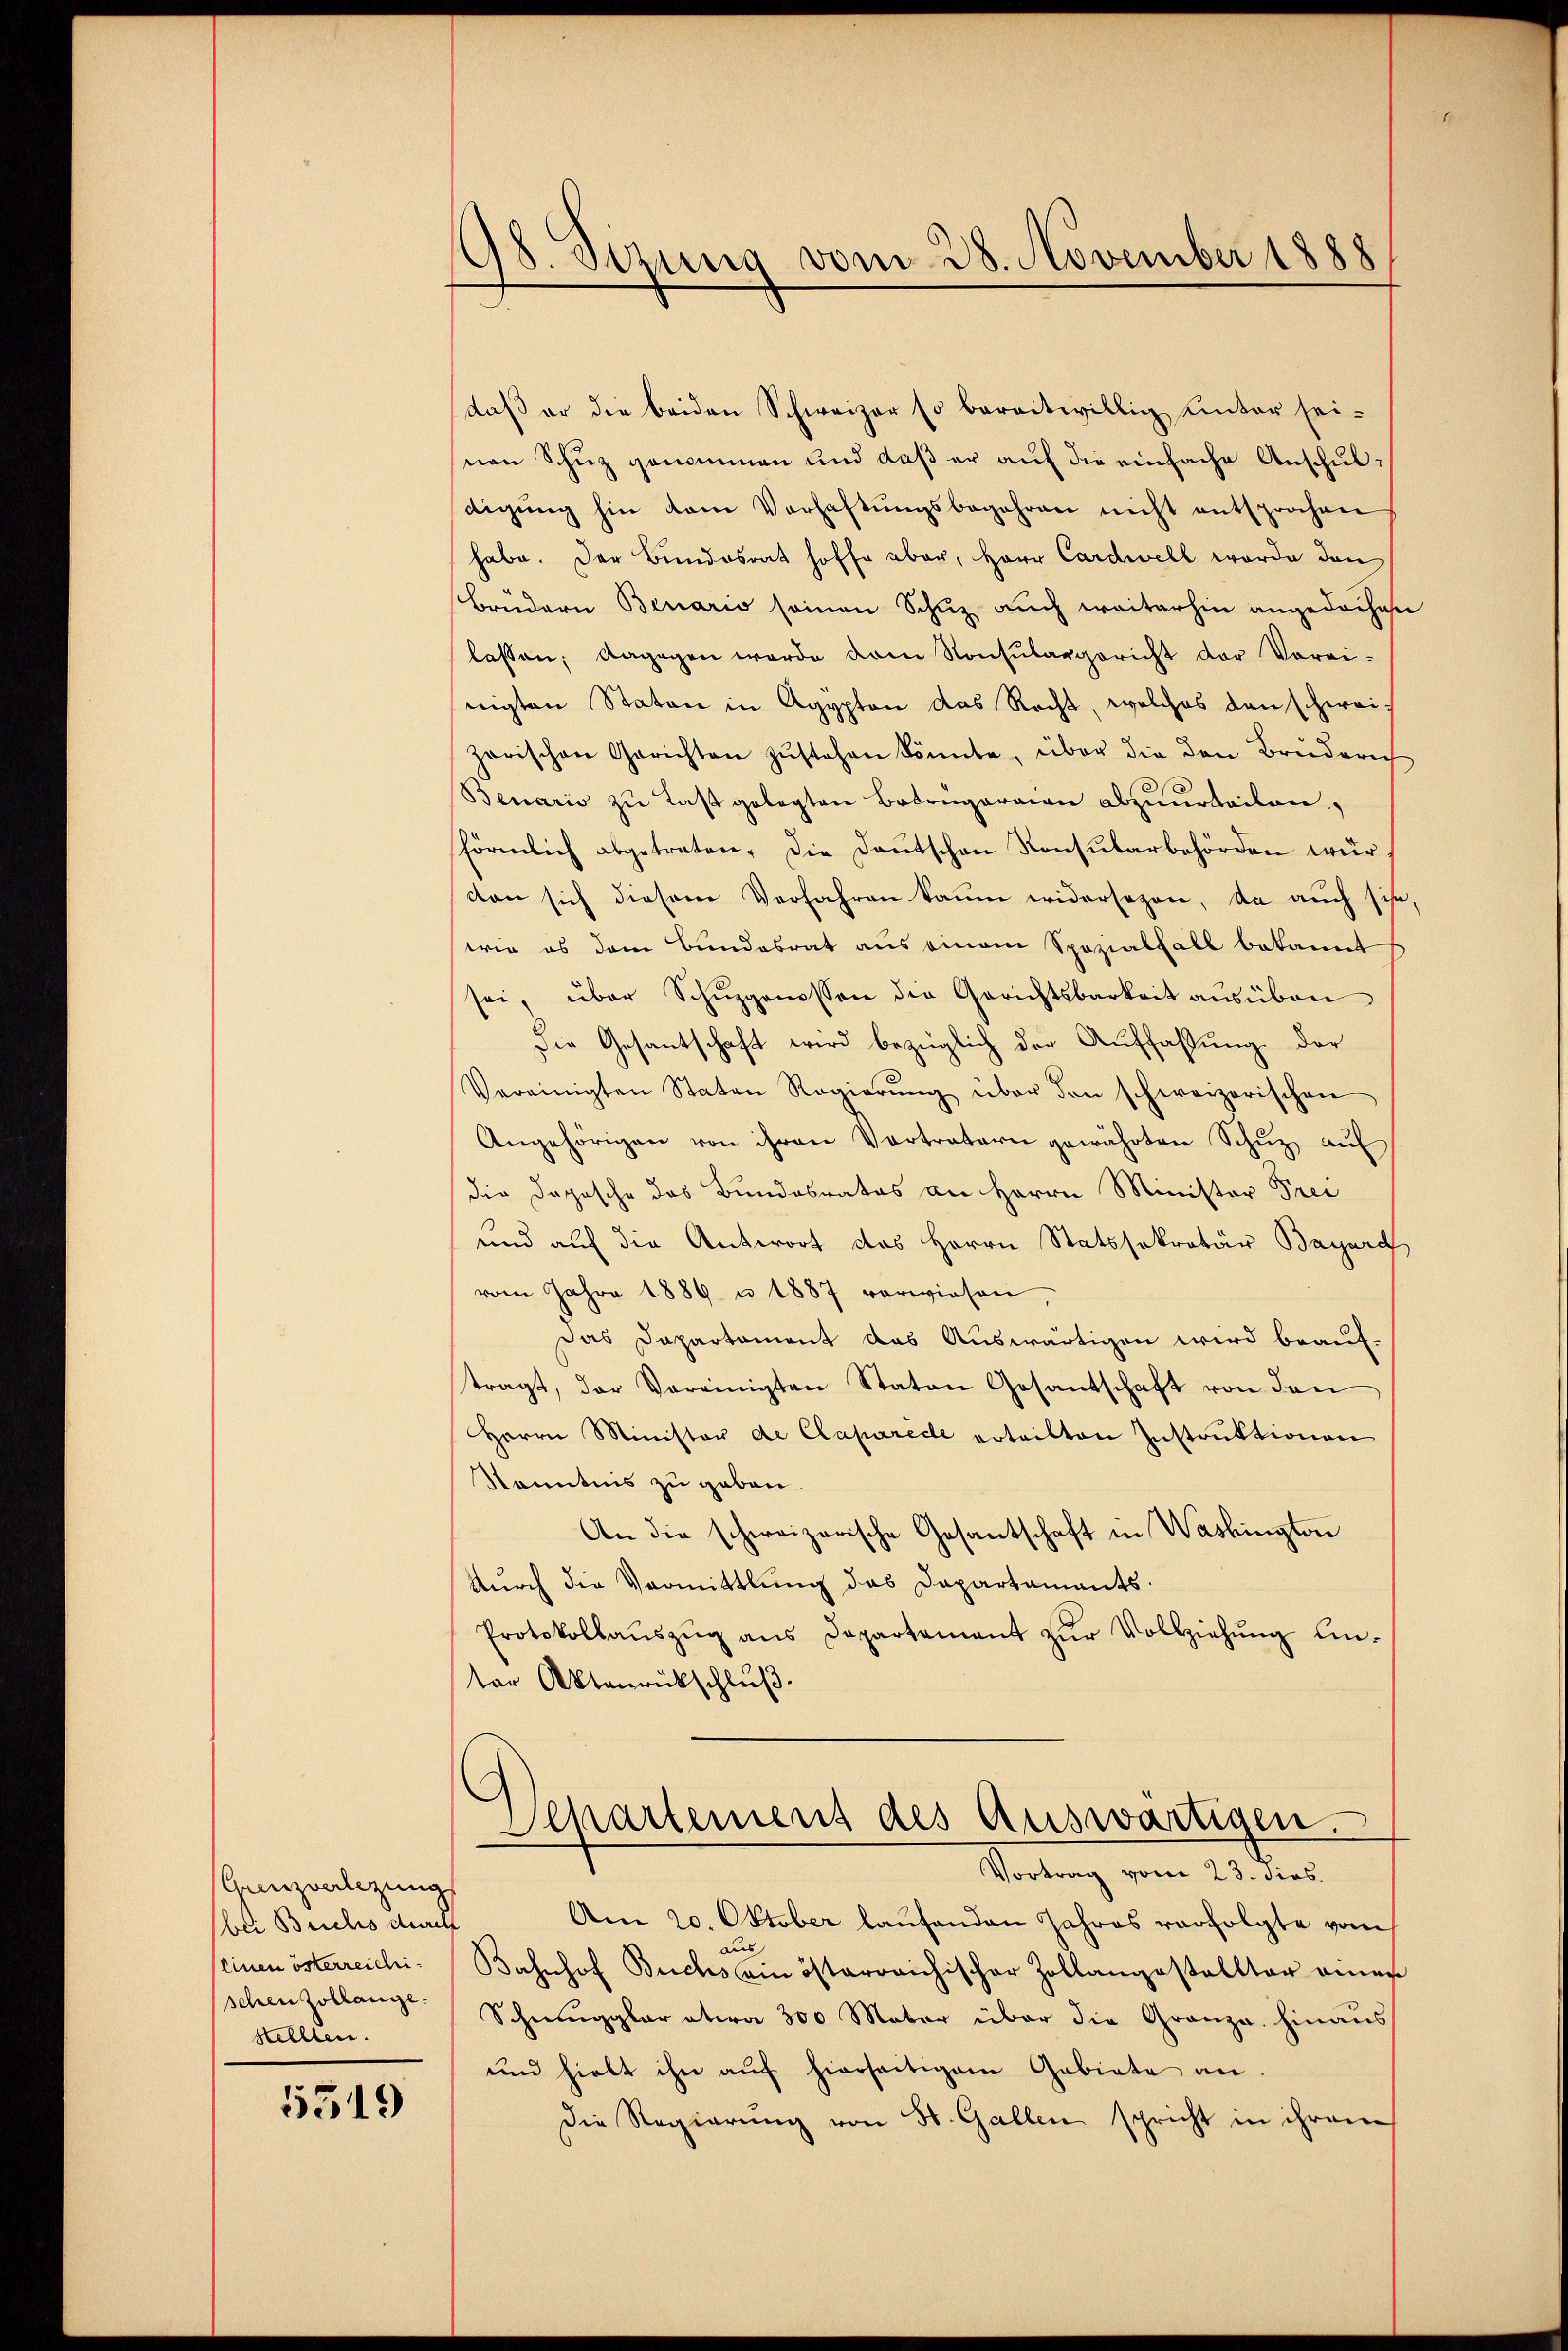
Grenzverlegung
bei Bruchs durch
Einen österreichischen Zollange.
stellten.

5319

98. Sizung vom 28. November 1888

daß er die beiden Schweizer so bereitwillig unter seinen Schuz genommen und daß er auf die einfache Anschuldigŭng hin dem Verhaftŭngsbegehren nicht entsprochen
habe. Der Bundesrat hoffe aber, Herr Cardwell worde den
Brüdern Benario seinen Schuz auch weiterhin angedachen
lassen; dagegen werde dem Konsulargericht der Vorri-
nigten Staton in Agypten das Recht, welches den schweizarischen Gerichten zŭstehen könnte, über die den Bruderich
Benario zu Last gelegten Betrügeraien abzuurteilen,
förmlich abgetreten. Die Daŭtschen Konsŭlarbehörden wür
dan sich diesem Verfahren kaum widersezen, da auch siche,
wie es dem Bundesrat aus einem Spezialfall bekannt
sei, über Schŭzgenossen die Gerichtsbarkeit ausüben
Die Gesantschaft wird bezüglich der Auffassung der
Vereinigten Staten Regierŭng über den schweizerischen
Angehörigen von ihren Vertratern gewährten Schuz, auf
die Dopische das Bundesrates an Herrn Minister Prei
und auf die Antwort das Herrn Statssekretär Bayard
vom Jahre 1889 u 1887 verwiesen,
Das Dapartament das Auswärtigen wird beauftragt, der Vereinigten Staten Gesantschaft von den
Herrn Minister de Claparede erteilten Instruktionen
Kenntnis zu geben.
An die schweizerische Gesantschaft in Washington
durch die Vormittlung das Dapartaments.
Protokollaŭszŭg ans Departement zŭr Vollziehŭng ein-
ter Aktenrückschluß.
Departement des Auswärtigen.
Vortrag vom 23. dies
Am 20. Oktober laufenden Jahres verfolgte vom
aus
Bahnhof Buchs ein österreichischer Zollangestalltar einer
Schmuggler etwa 300 Mater über die Granza, hinaus
und hielt ihn aŭf hierseitigem Gebiete an.
Die Regierung von St. Gallen spricht in ihrem